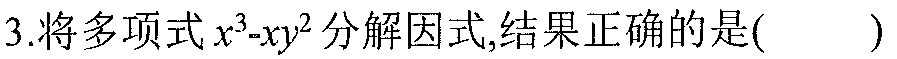
3.将多项式$x^{3}-xy^{2}$分解因式,结果正确的是( )